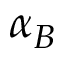
\alpha _ { B }